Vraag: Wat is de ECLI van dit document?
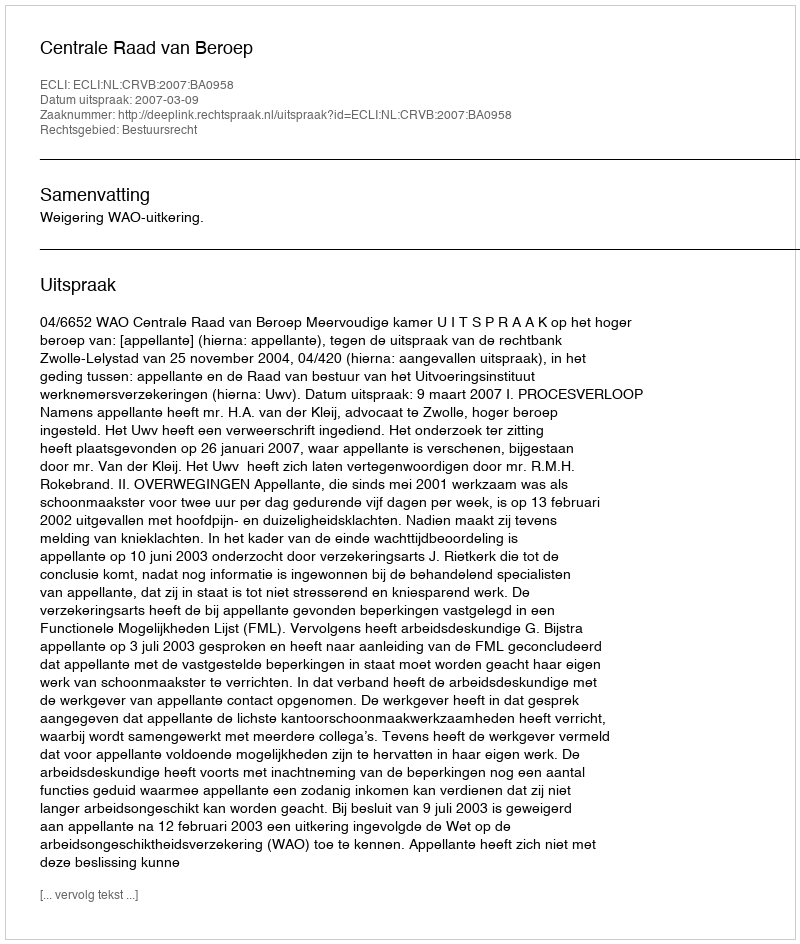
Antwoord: ECLI:NL:CRVB:2007:BA0958